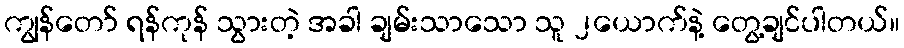
ကျွန်တော် ရန်ကုန် သွားတဲ့ အခါ ချမ်းသာသော သူ ၂ယောက်နဲ့ တွေ့ချင်ပါတယ်။